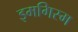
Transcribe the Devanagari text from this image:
इमगिस्म